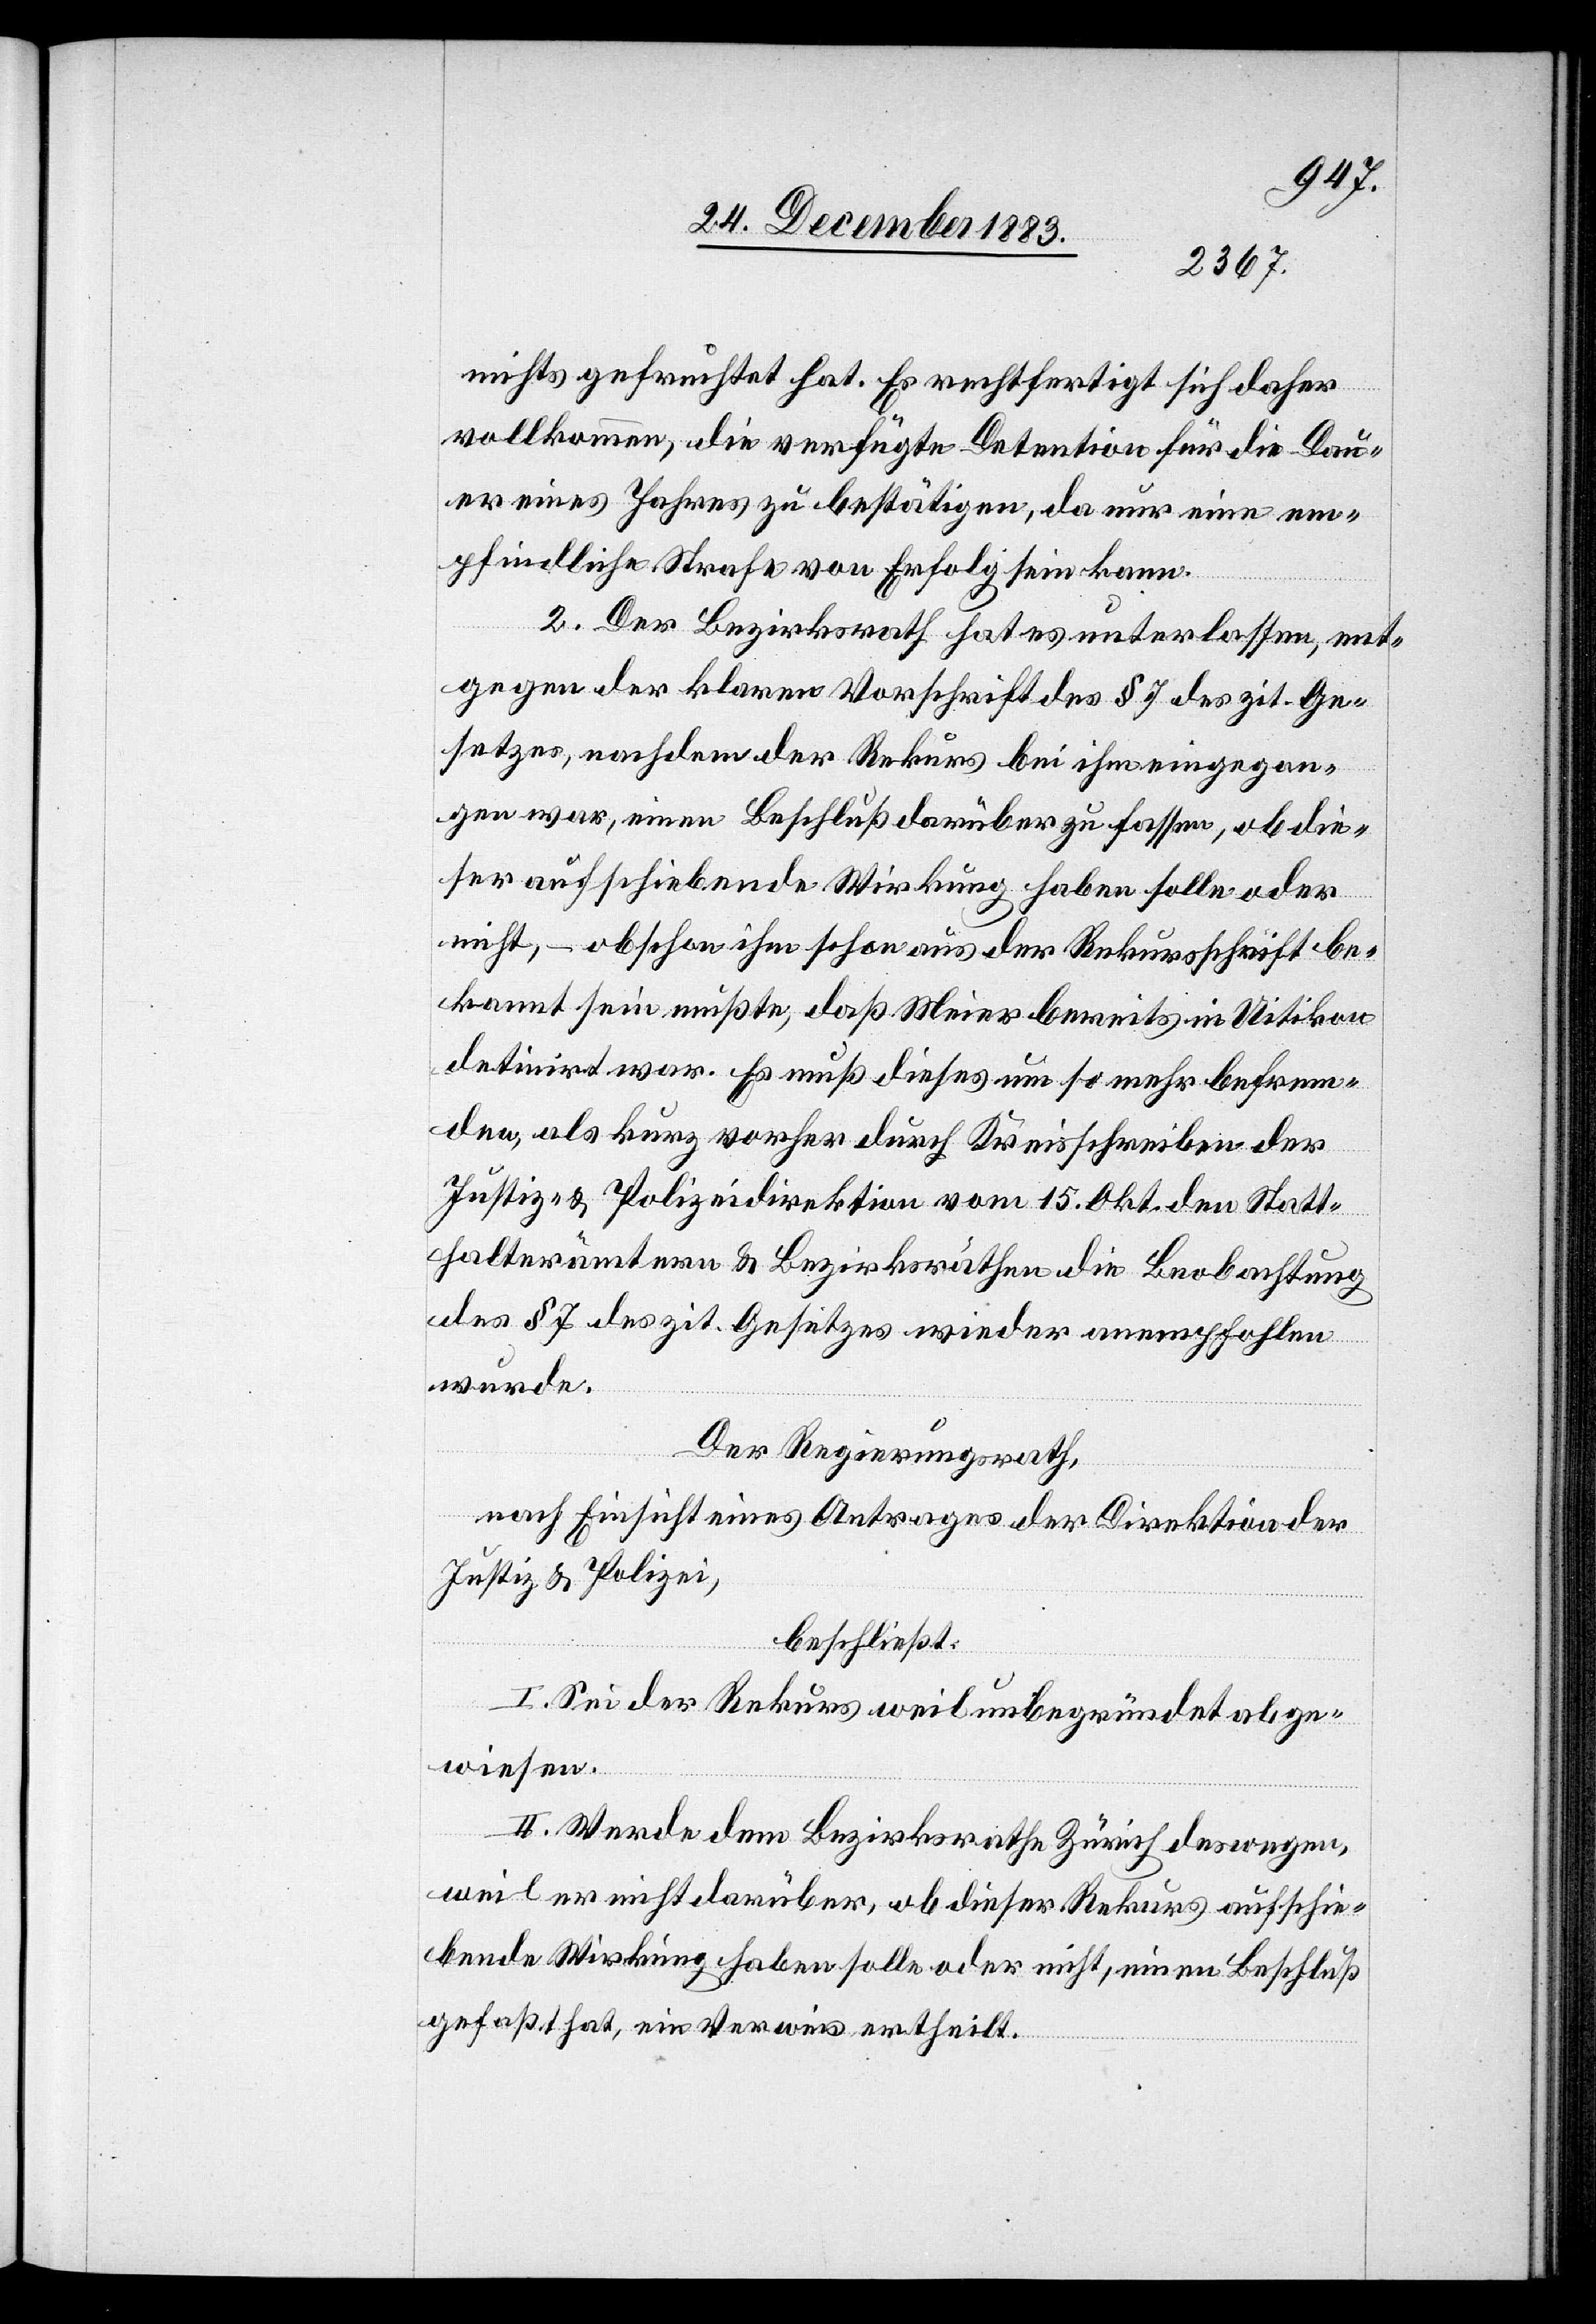
nichts gefruchtet hat. Es rechtfertigt sich daher
vollkommen, die verfügte Detention für die Dau¬
er eines Jahres zu bestätigen, da nur eine em¬
pfindliche Strafe von Erfolg sein kann.
2. Der Bezirksrath har es unterlassen, ent¬
gegen der klaren Vorschrift des § 7 des zit. Ge¬
setzes, nachdem der Rekurs bei ihm eingegan¬
gen war, einen Beschluß darüber zu fassen, ob die¬
ser aufschiebende Wirkung haben solle oder
nicht, – obschon ihm schon aus der Rekursschrift be¬
kannt sein mußte, daß Meier bereits in Uitikon
detinirt war. Es muß dieses um so mehr befrem¬
den, als kurz vorher durch Kreisschrieben der
Justiz- & Polizeidirektion vom 15. Okt den Statt¬
halterämtern & Bezirksräthen die Beobachtung
des § 7 des zit. Gesetzes wieder anempfohlen
wurde.
Der Regierungsrath,
nach Einsicht eines Antrages der Direktion der
Justiz & Polizei,
beschließt:
I. Sei der Rekurs weil unbegründet abge¬
wiesen.
II. Werde dem Bezirksrathe Zürich deswegen,
weil er nicht darüber, ob dieser Rekurs aufschie¬
bende Wirkung haben solle oder nicht, einen Beschluß
gefaßt hat, ein Verweis ertheilt.